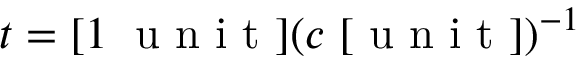
t = [ 1 \; \mathrm { ~ u ~ n ~ i ~ t ~ } ] ( c \; [ \mathrm { ~ u ~ n ~ i ~ t ~ } ] ) ^ { - 1 }